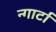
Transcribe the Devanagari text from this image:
न्गार्टा